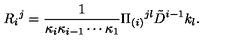
R _ { i } { } ^ { j } = { \frac { 1 } { \kappa _ { i } \kappa _ { i - 1 } \cdots \kappa _ { 1 } } } \Pi _ { ( i ) } { } ^ { j l } \tilde { D } ^ { i - 1 } k _ { l } .